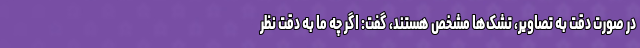
در صورت دقت به تصاویر، تشک‌ها مشخص هستند، گفت: اگر چه ما به دقت نظر